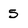
Character: 5